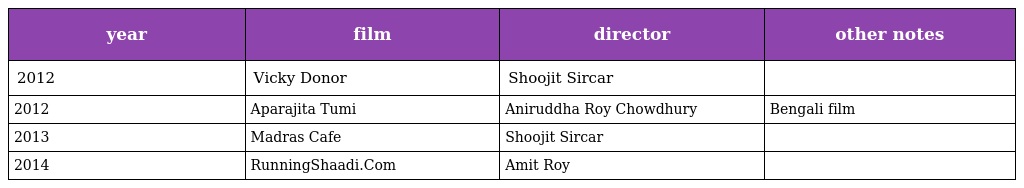
| year | film | director | other notes |
 | --- | --- | --- | --- |
 | 2012 | Vicky Donor | Shoojit Sircar |  |
 | 2012 | Aparajita Tumi | Aniruddha Roy Chowdhury | Bengali film |
 | 2013 | Madras Cafe | Shoojit Sircar |  |
 | 2014 | RunningShaadi.Com | Amit Roy |  |